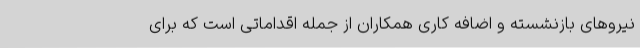
نیروهای بازنشسته و اضافه کاری همکاران از جمله اقداماتی است که برای